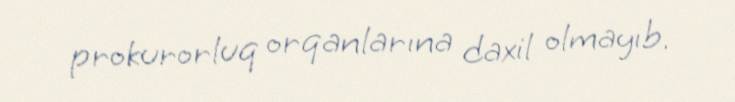
prokurorluq orqanlarına daxil olmayıb.